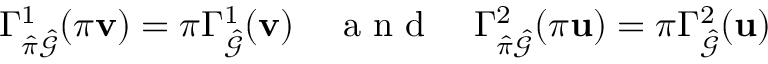
\Gamma _ { \hat { \pi } \hat { \mathcal { G } } } ^ { 1 } ( \pi \mathbf { v } ) = \pi \Gamma _ { \hat { \mathcal { G } } } ^ { 1 } ( \mathbf { v } ) \quad \mathrm { ~ a ~ n ~ d ~ } \quad \Gamma _ { \hat { \pi } \hat { \mathcal { G } } } ^ { 2 } ( \pi \mathbf { u } ) = \pi \Gamma _ { \hat { \mathcal { G } } } ^ { 2 } ( \mathbf { u } )